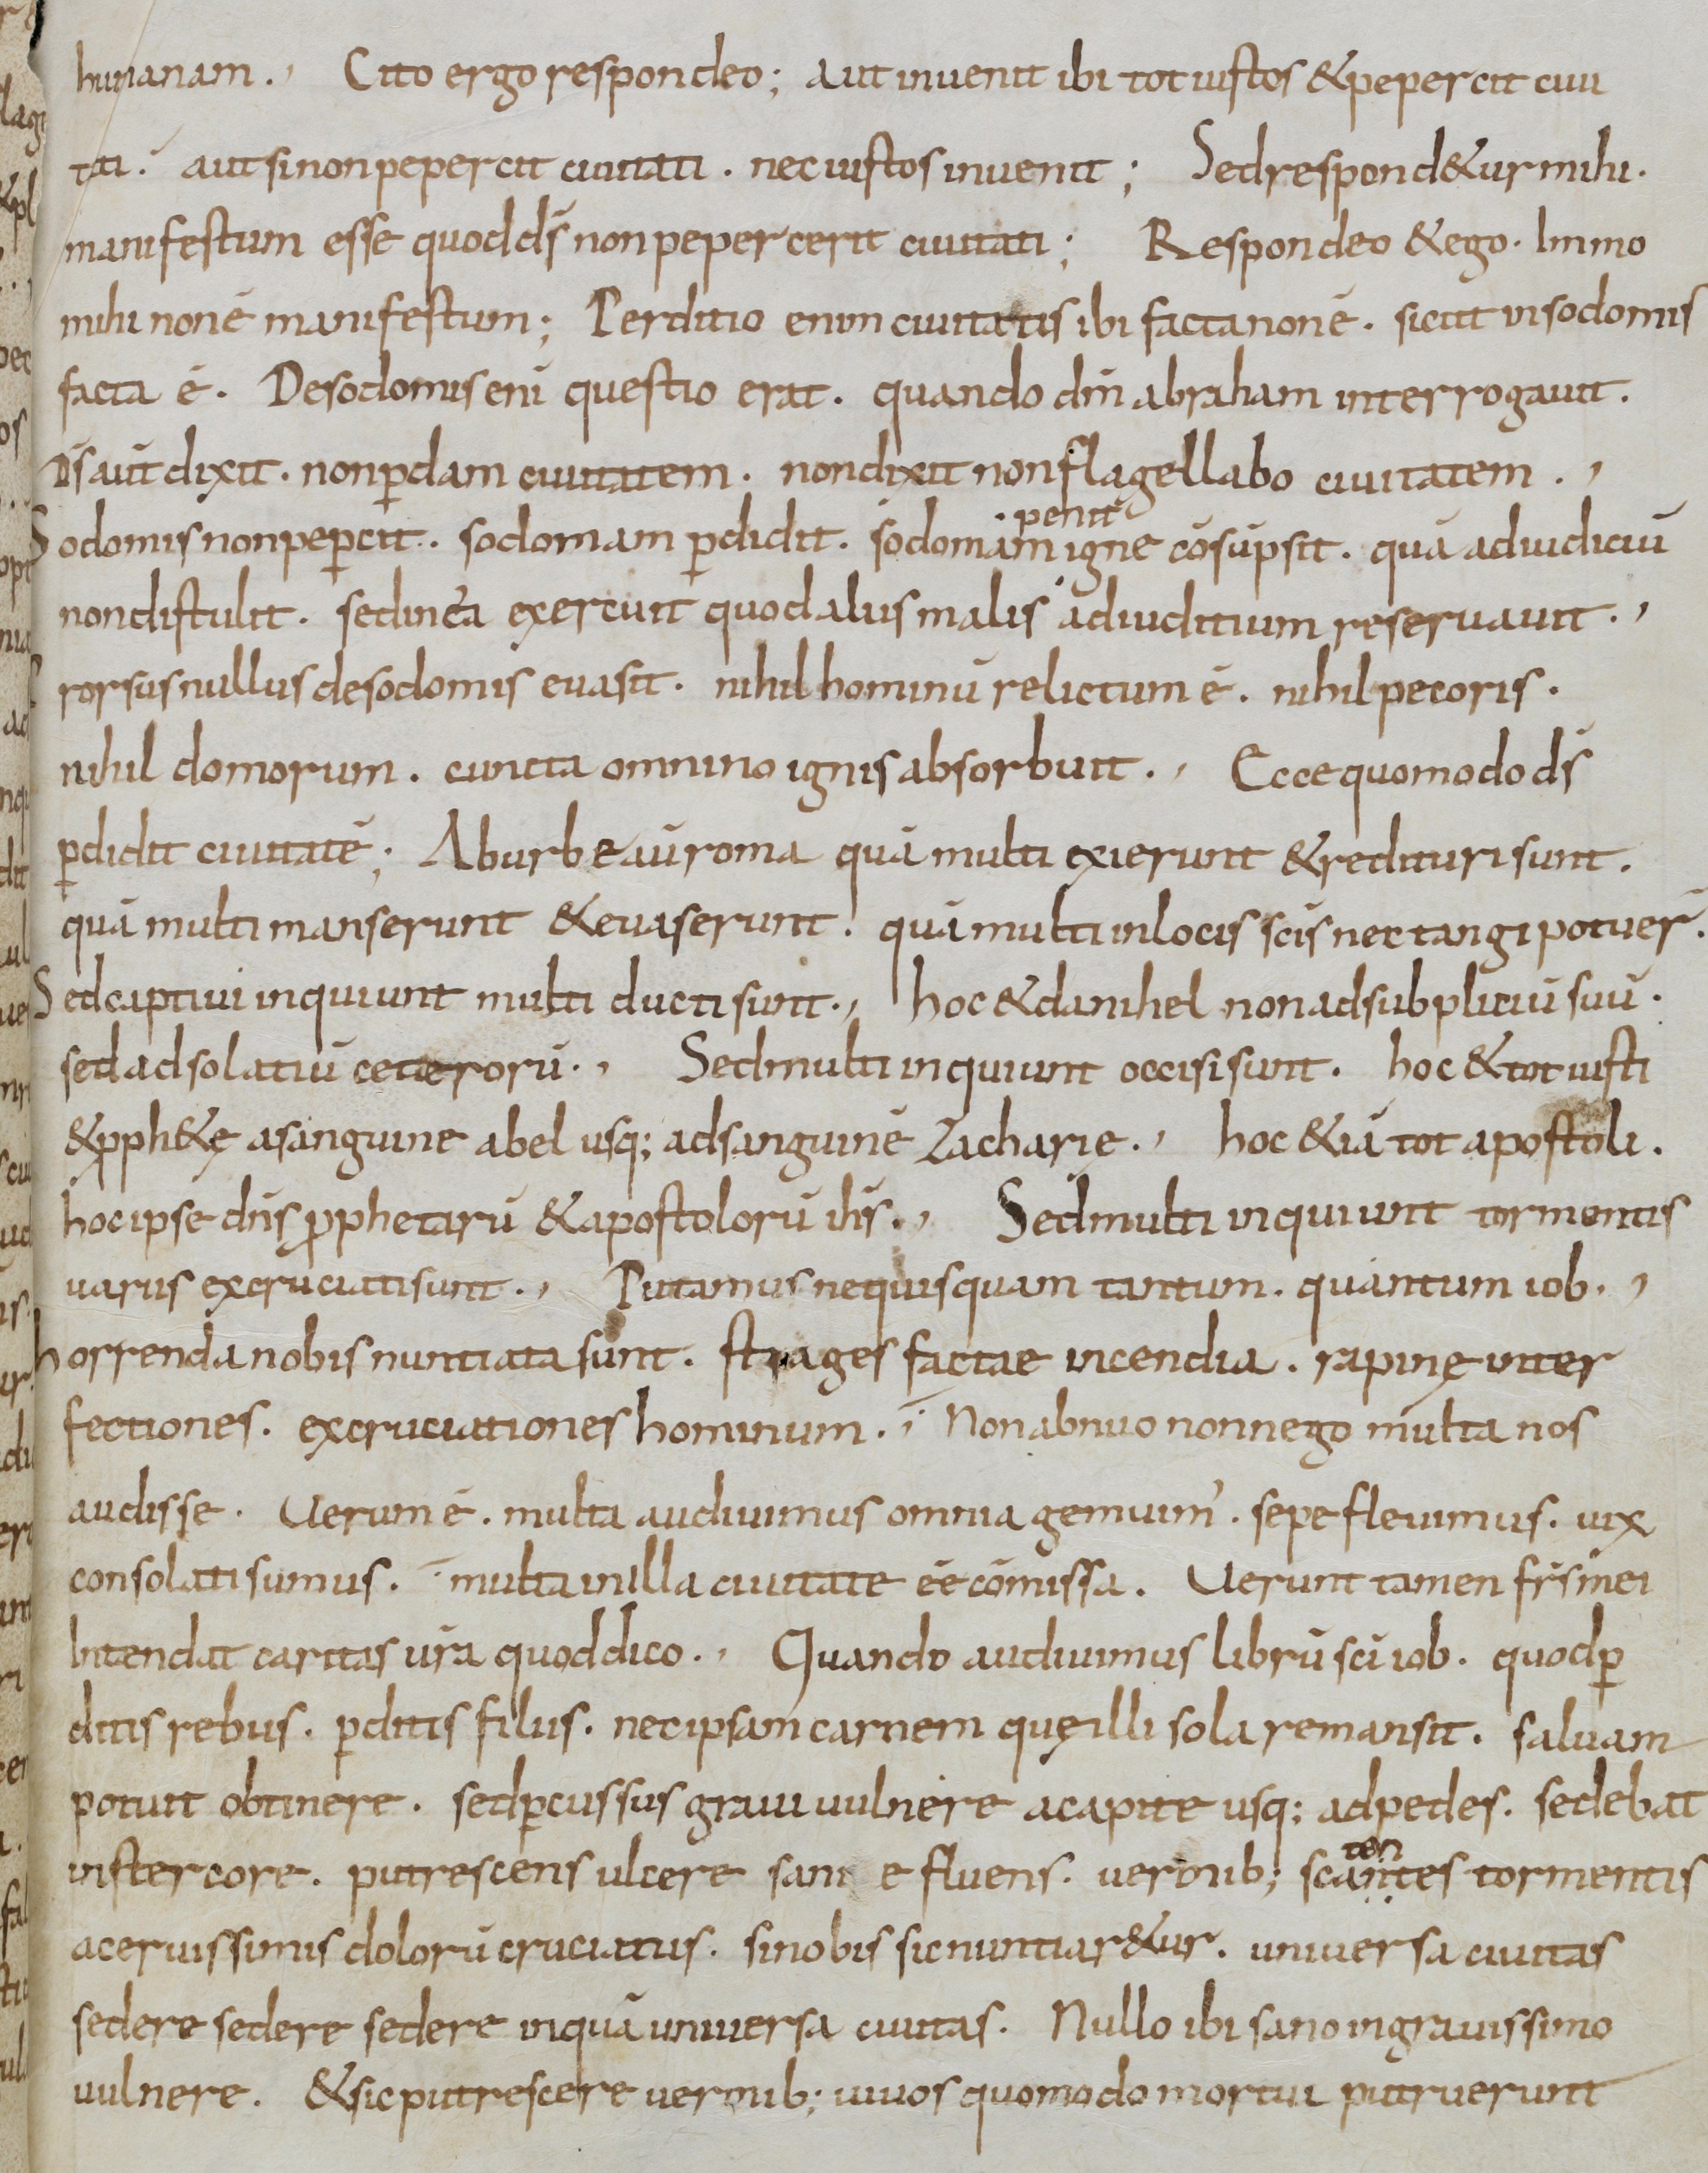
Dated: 835–865